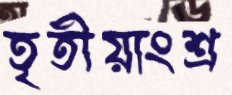
তৃতীয়াংশ্র